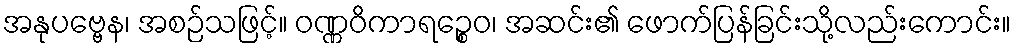
အနုပဗ္ဗေန၊ အစဉ်သဖြင့်။ ဝဏ္ဏဝိကာရဉ္စေဝ၊ အဆင်း၏ ဖောက်ပြန်ခြင်းသို့လည်းကောင်း။